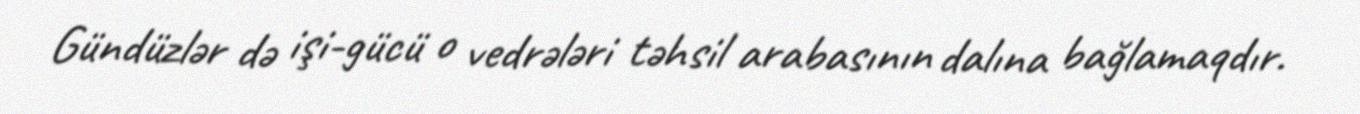
Gündüzlər də işi-gücü o vedrələri təhsil arabasının dalına bağlamaqdır.